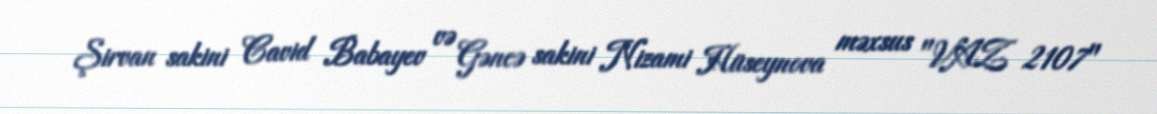
Şirvan sakini Cavid Babayev və Gəncə sakini Nizami Hüseynova məxsus "VAZ 2107"